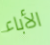
الأباء